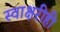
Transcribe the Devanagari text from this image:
स्वाक्षरीही